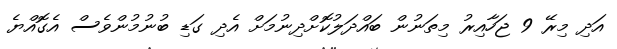
އަދި މިރޭ 9 ޖަހާއިރު މިތަނުން ބައްދަލުކޮށްދިނުމަށް އެދި ގަޑި ބުނުމުންވެސް އެގޮއްޔެ